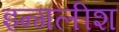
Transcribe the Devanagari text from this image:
इन्गलीश